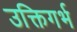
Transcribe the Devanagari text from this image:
उक्तिगर्भ